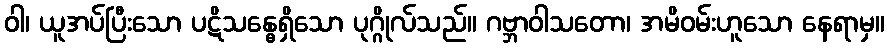
ဝါ၊ ယူအပ်ပြီးသော ပဋိသန္ဓေရှိသော ပုဂ္ဂိုလ်သည်။ ဂဗ္ဘာဝါသတော၊ အမိဝမ်းဟူသော နေရာမှ။